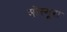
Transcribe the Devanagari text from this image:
सोस्यूरा